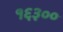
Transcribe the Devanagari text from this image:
१६३००